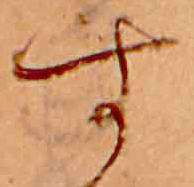
す